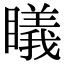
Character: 𥋟